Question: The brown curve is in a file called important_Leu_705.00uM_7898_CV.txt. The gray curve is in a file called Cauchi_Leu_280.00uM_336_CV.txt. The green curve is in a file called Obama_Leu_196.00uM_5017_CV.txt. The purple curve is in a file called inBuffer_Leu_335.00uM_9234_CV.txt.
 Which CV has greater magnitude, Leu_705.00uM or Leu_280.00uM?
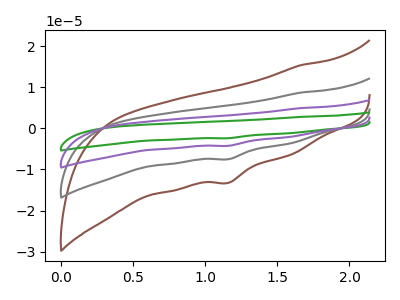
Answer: <think>The brown curve "Leu_705.00uM" has a cathodic peak at: (1.15V, -13.20uA). The gray curve "Leu_280.00uM" has a cathodic peak at: (1.15V, -7.50uA). The green curve "Leu_196.00uM" has a cathodic peak at: (1.15V, -22.45uA). The purple curve "Leu_335.00uM" has a cathodic peak at: (1.15V, -14.95uA).
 All the peaks in "Leu_705.00uM" have a peak in "Leu_280.00uM" at the same potential. Every peak in "Leu_705.00uM" is higher than every peak in "Leu_280.00uM".</think>
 <answer>"Leu_705.00uM" has more signal than "Leu_280.00uM".</answer>
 <eval>more_signal</eval>